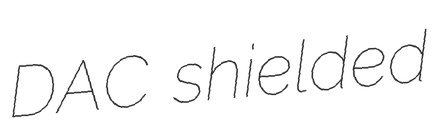
DAC shielded